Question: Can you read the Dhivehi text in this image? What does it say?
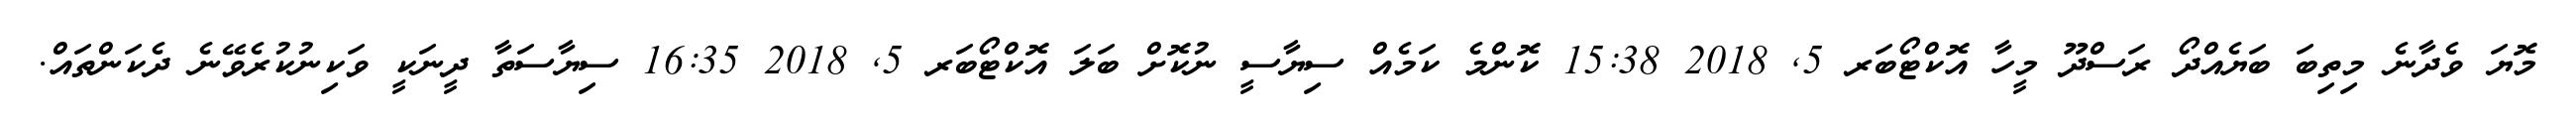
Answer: މޮޔަ ވެދާނެ މިތިބަ ބަޔެއްދޯ ރަސްދޫ މީހާ އޮކްޓޯބަރ 5, 2018 15:38 ކޮންމެ ކަމެއް ސިޔާސީ ނުކޮށް ބަލަ އޮކްޓޯބަރ 5, 2018 16:35 ސިޔާސަތާ ދީނަކީ ވަކިނުކުރެވޭނެ ދެކަންތައް.